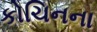
કોચિનના